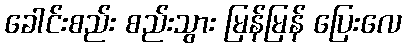
ခေါင်းစည်း စည်းသွား မြန်မြန် ပြေးလေ